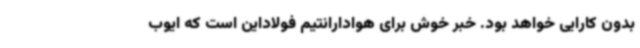
بدون کارایی خواهد بود. خبر خوش برای هوادارانتیم فولاداین است که ایوب